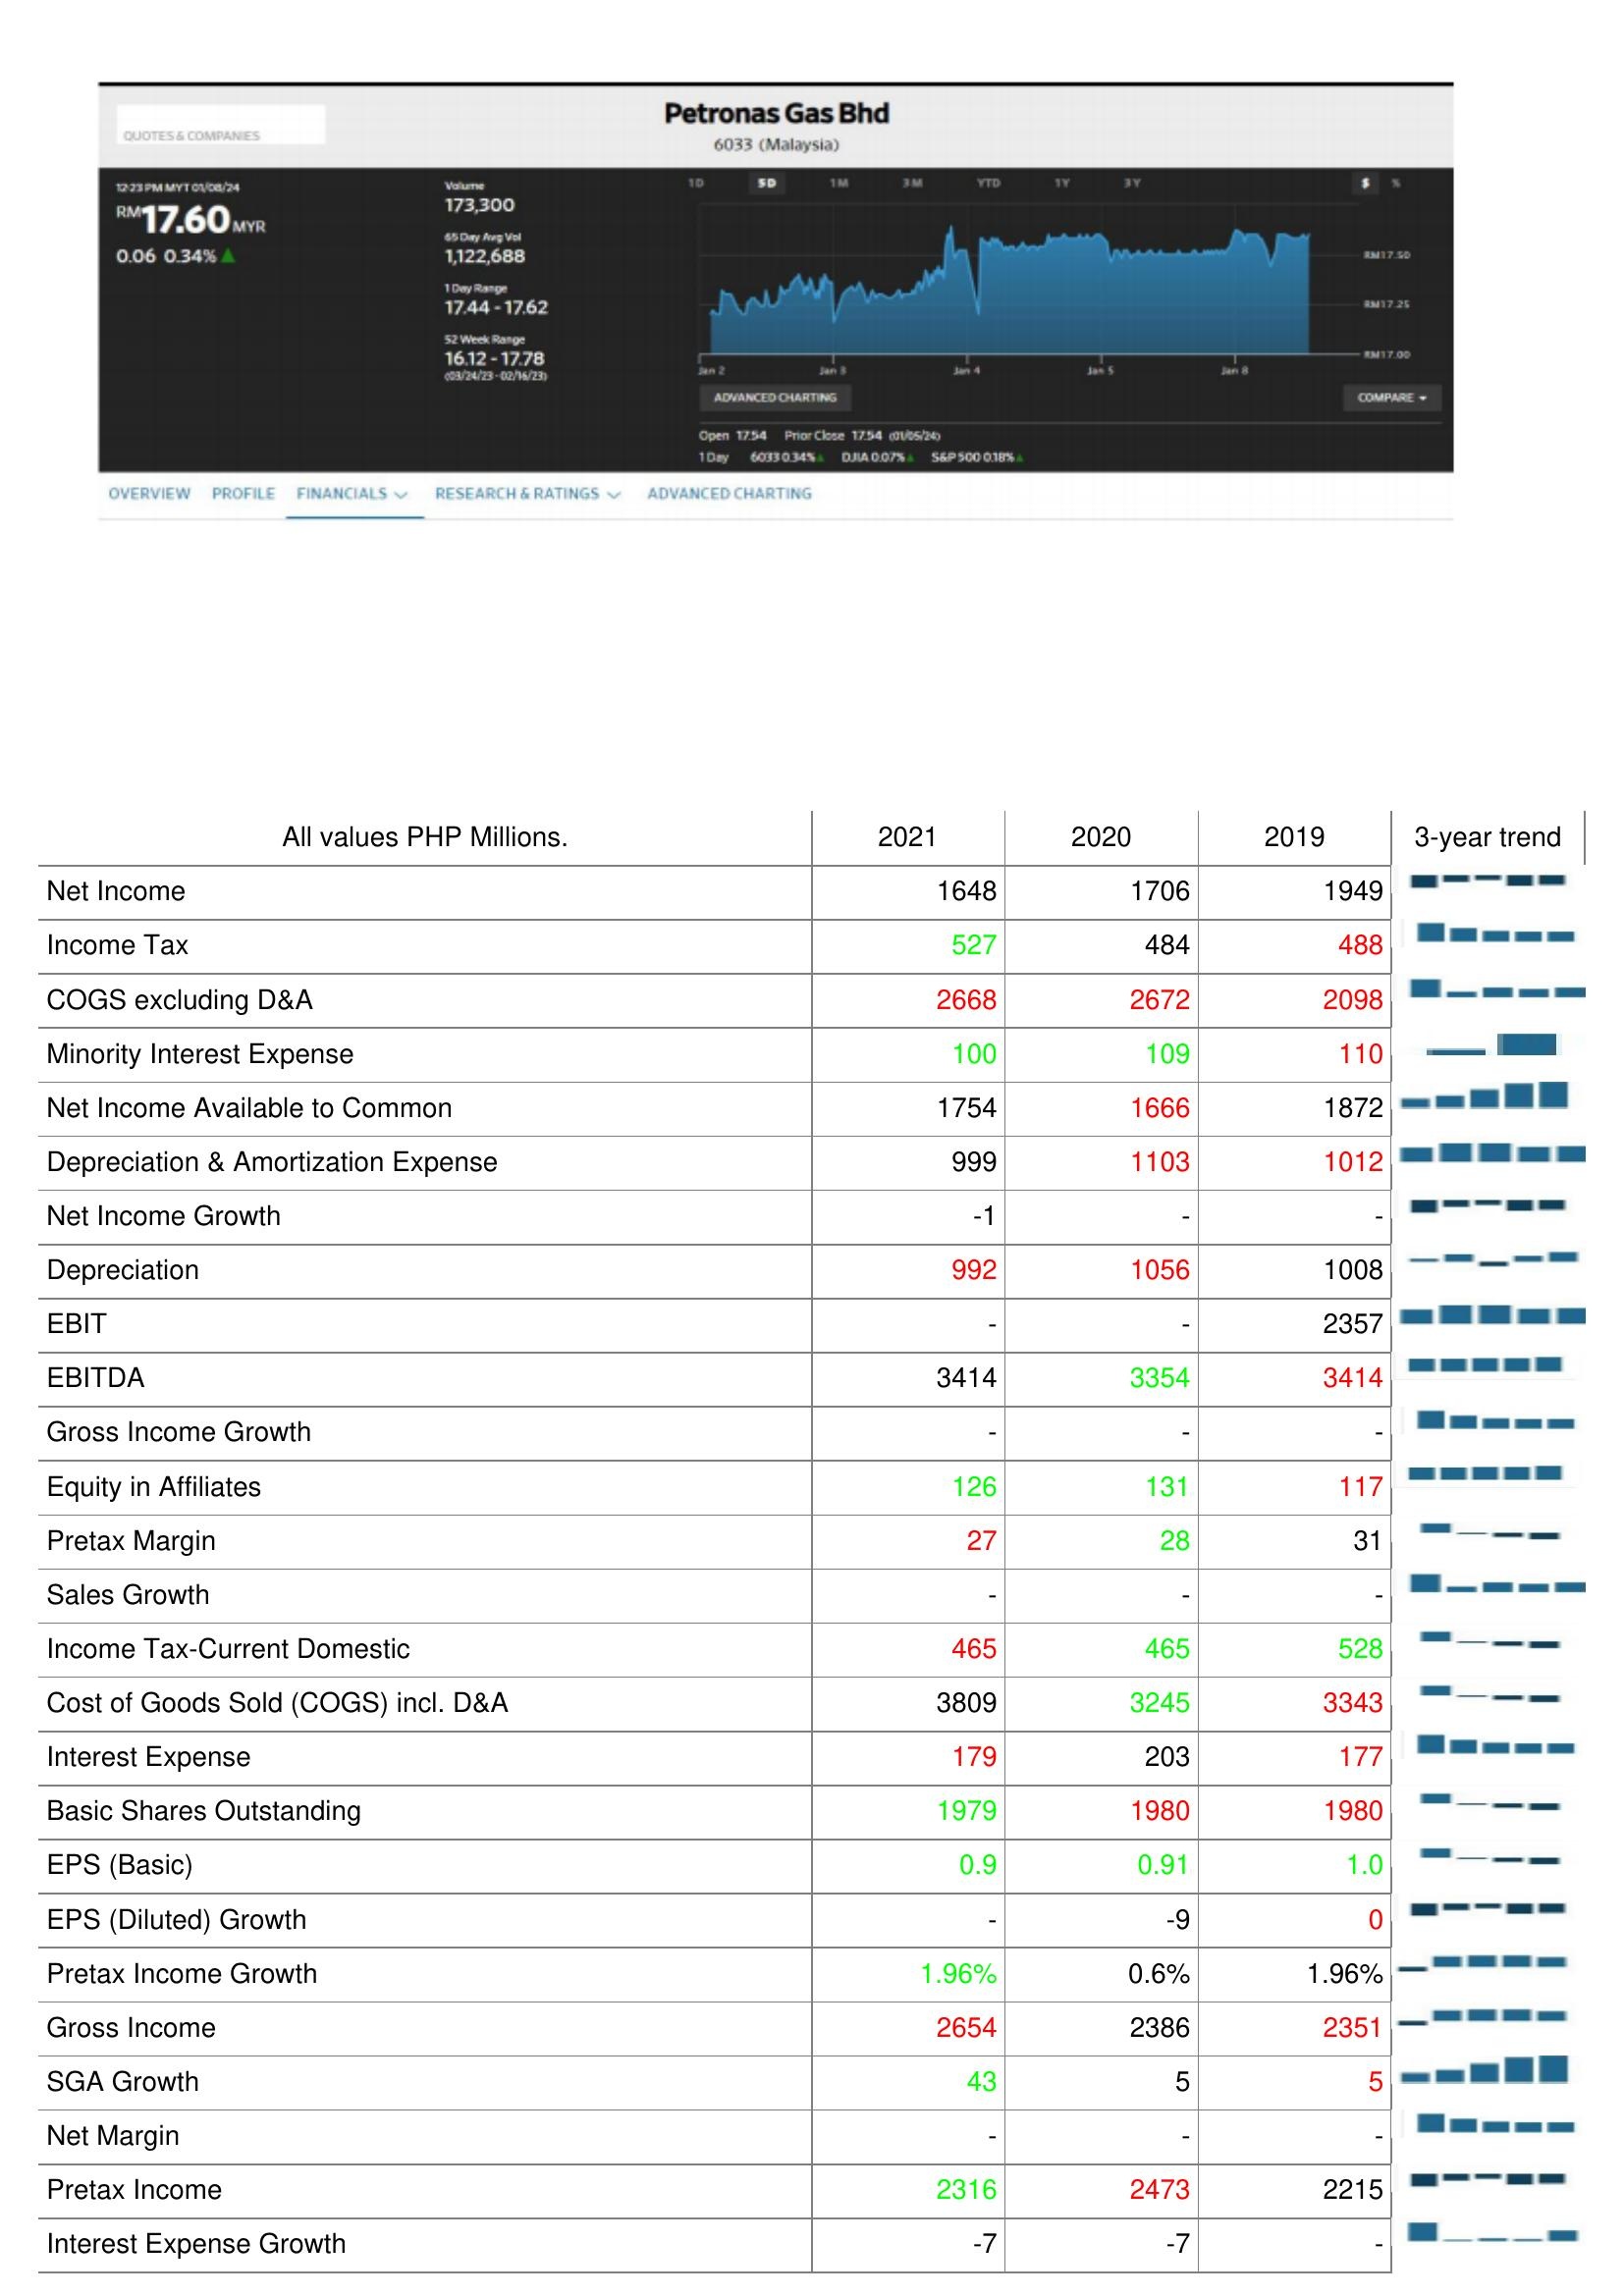
2021: : Net Income: 1648
Income Tax: 527
COGS excluding D&A: 2668
Minority Interest Expense: 100
Net Income Available to Common: 1754
Depreciation & Amortization Expense: 999
Net Income Growth: -1
Depreciation: 992
EBIT: -
EBITDA: 3414
Gross Income Growth: -
Equity in Affiliates: 126
Pretax Margin: 27
Sales Growth: -
Income Tax-Current Domestic: 465
Cost of Goods Sold (COGS) incl. D&A: 3809
Interest Expense: 179
Basic Shares Outstanding: 1979
EPS (Basic): 0.9
EPS (Diluted) Growth: -
Pretax Income Growth: 1.96%
Gross Income: 2654
SGA Growth: 43
Net Margin: -
Pretax Income: 2316
Interest Expense Growth: -7
2020: : Net Income: 1706
Income Tax: 484
COGS excluding D&A: 2672
Minority Interest Expense: 109
Net Income Available to Common: 1666
Depreciation & Amortization Expense: 1103
Net Income Growth: -
Depreciation: 1056
EBIT: -
EBITDA: 3354
Gross Income Growth: -
Equity in Affiliates: 131
Pretax Margin: 28
Sales Growth: -
Income Tax-Current Domestic: 465
Cost of Goods Sold (COGS) incl. D&A: 3245
Interest Expense: 203
Basic Shares Outstanding: 1980
EPS (Basic): 0.91
EPS (Diluted) Growth: -9
Pretax Income Growth: 0.6%
Gross Income: 2386
SGA Growth: 5
Net Margin: -
Pretax Income: 2473
Interest Expense Growth: -7
2019: : Net Income: 1949
Income Tax: 488
COGS excluding D&A: 2098
Minority Interest Expense: 110
Net Income Available to Common: 1872
Depreciation & Amortization Expense: 1012
Net Income Growth: -
Depreciation: 1008
EBIT: 2357
EBITDA: 3414
Gross Income Growth: -
Equity in Affiliates: 117
Pretax Margin: 31
Sales Growth: -
Income Tax-Current Domestic: 528
Cost of Goods Sold (COGS) incl. D&A: 3343
Interest Expense: 177
Basic Shares Outstanding: 1980
EPS (Basic): 1.0
EPS (Diluted) Growth: 0
Pretax Income Growth: 1.96%
Gross Income: 2351
SGA Growth: 5
Net Margin: -
Pretax Income: 2215
Interest Expense Growth: -